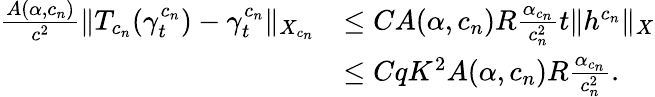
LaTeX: \begin{array}{rl}{\frac{A(\alpha,c_{n})}{c^{2}}\| T_{c_{n}}(\gamma_{t}^{c_{n}})-\gamma_{t}^{c_{n}}\| _{X_{c_{n}}}}&{\leq CA(\alpha,c_{n})R\frac{\alpha_{c_{n}}}{c_{n}^{2}}t\| h^{c_{n}}\| _{X}}\\ &{\leq CqK^{2}A(\alpha,c_{n})R\frac{\alpha_{c_{n}}}{c_{n}^{2}}.}\end{array}